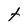
Character: t